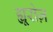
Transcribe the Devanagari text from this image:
ह्यूरोज़